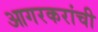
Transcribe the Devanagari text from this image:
आगरकरांची